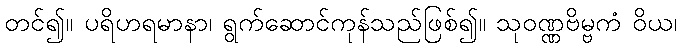
တင်၍။ ပရိဟရမာနာ၊ ရွက်ဆောင်ကုန်သည်ဖြစ်၍။ သုဝဏ္ဏဗိမ္ဗကံ ဝိယ၊